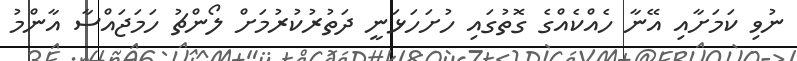
ނުވި ކަމަށާއި އޭނާ ހެއްކެއްގެ ގޮތުގައި ހުށަހަޅަނީ ދަތުރުކުރުމަށް ލޯންޗު ހަމަޖައްސާ އާންމު